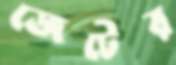
জেটের